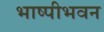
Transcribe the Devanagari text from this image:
भाष्पीभवन